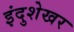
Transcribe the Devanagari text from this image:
इंदुशेखर